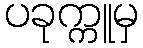
ပခုက္ကူမှ